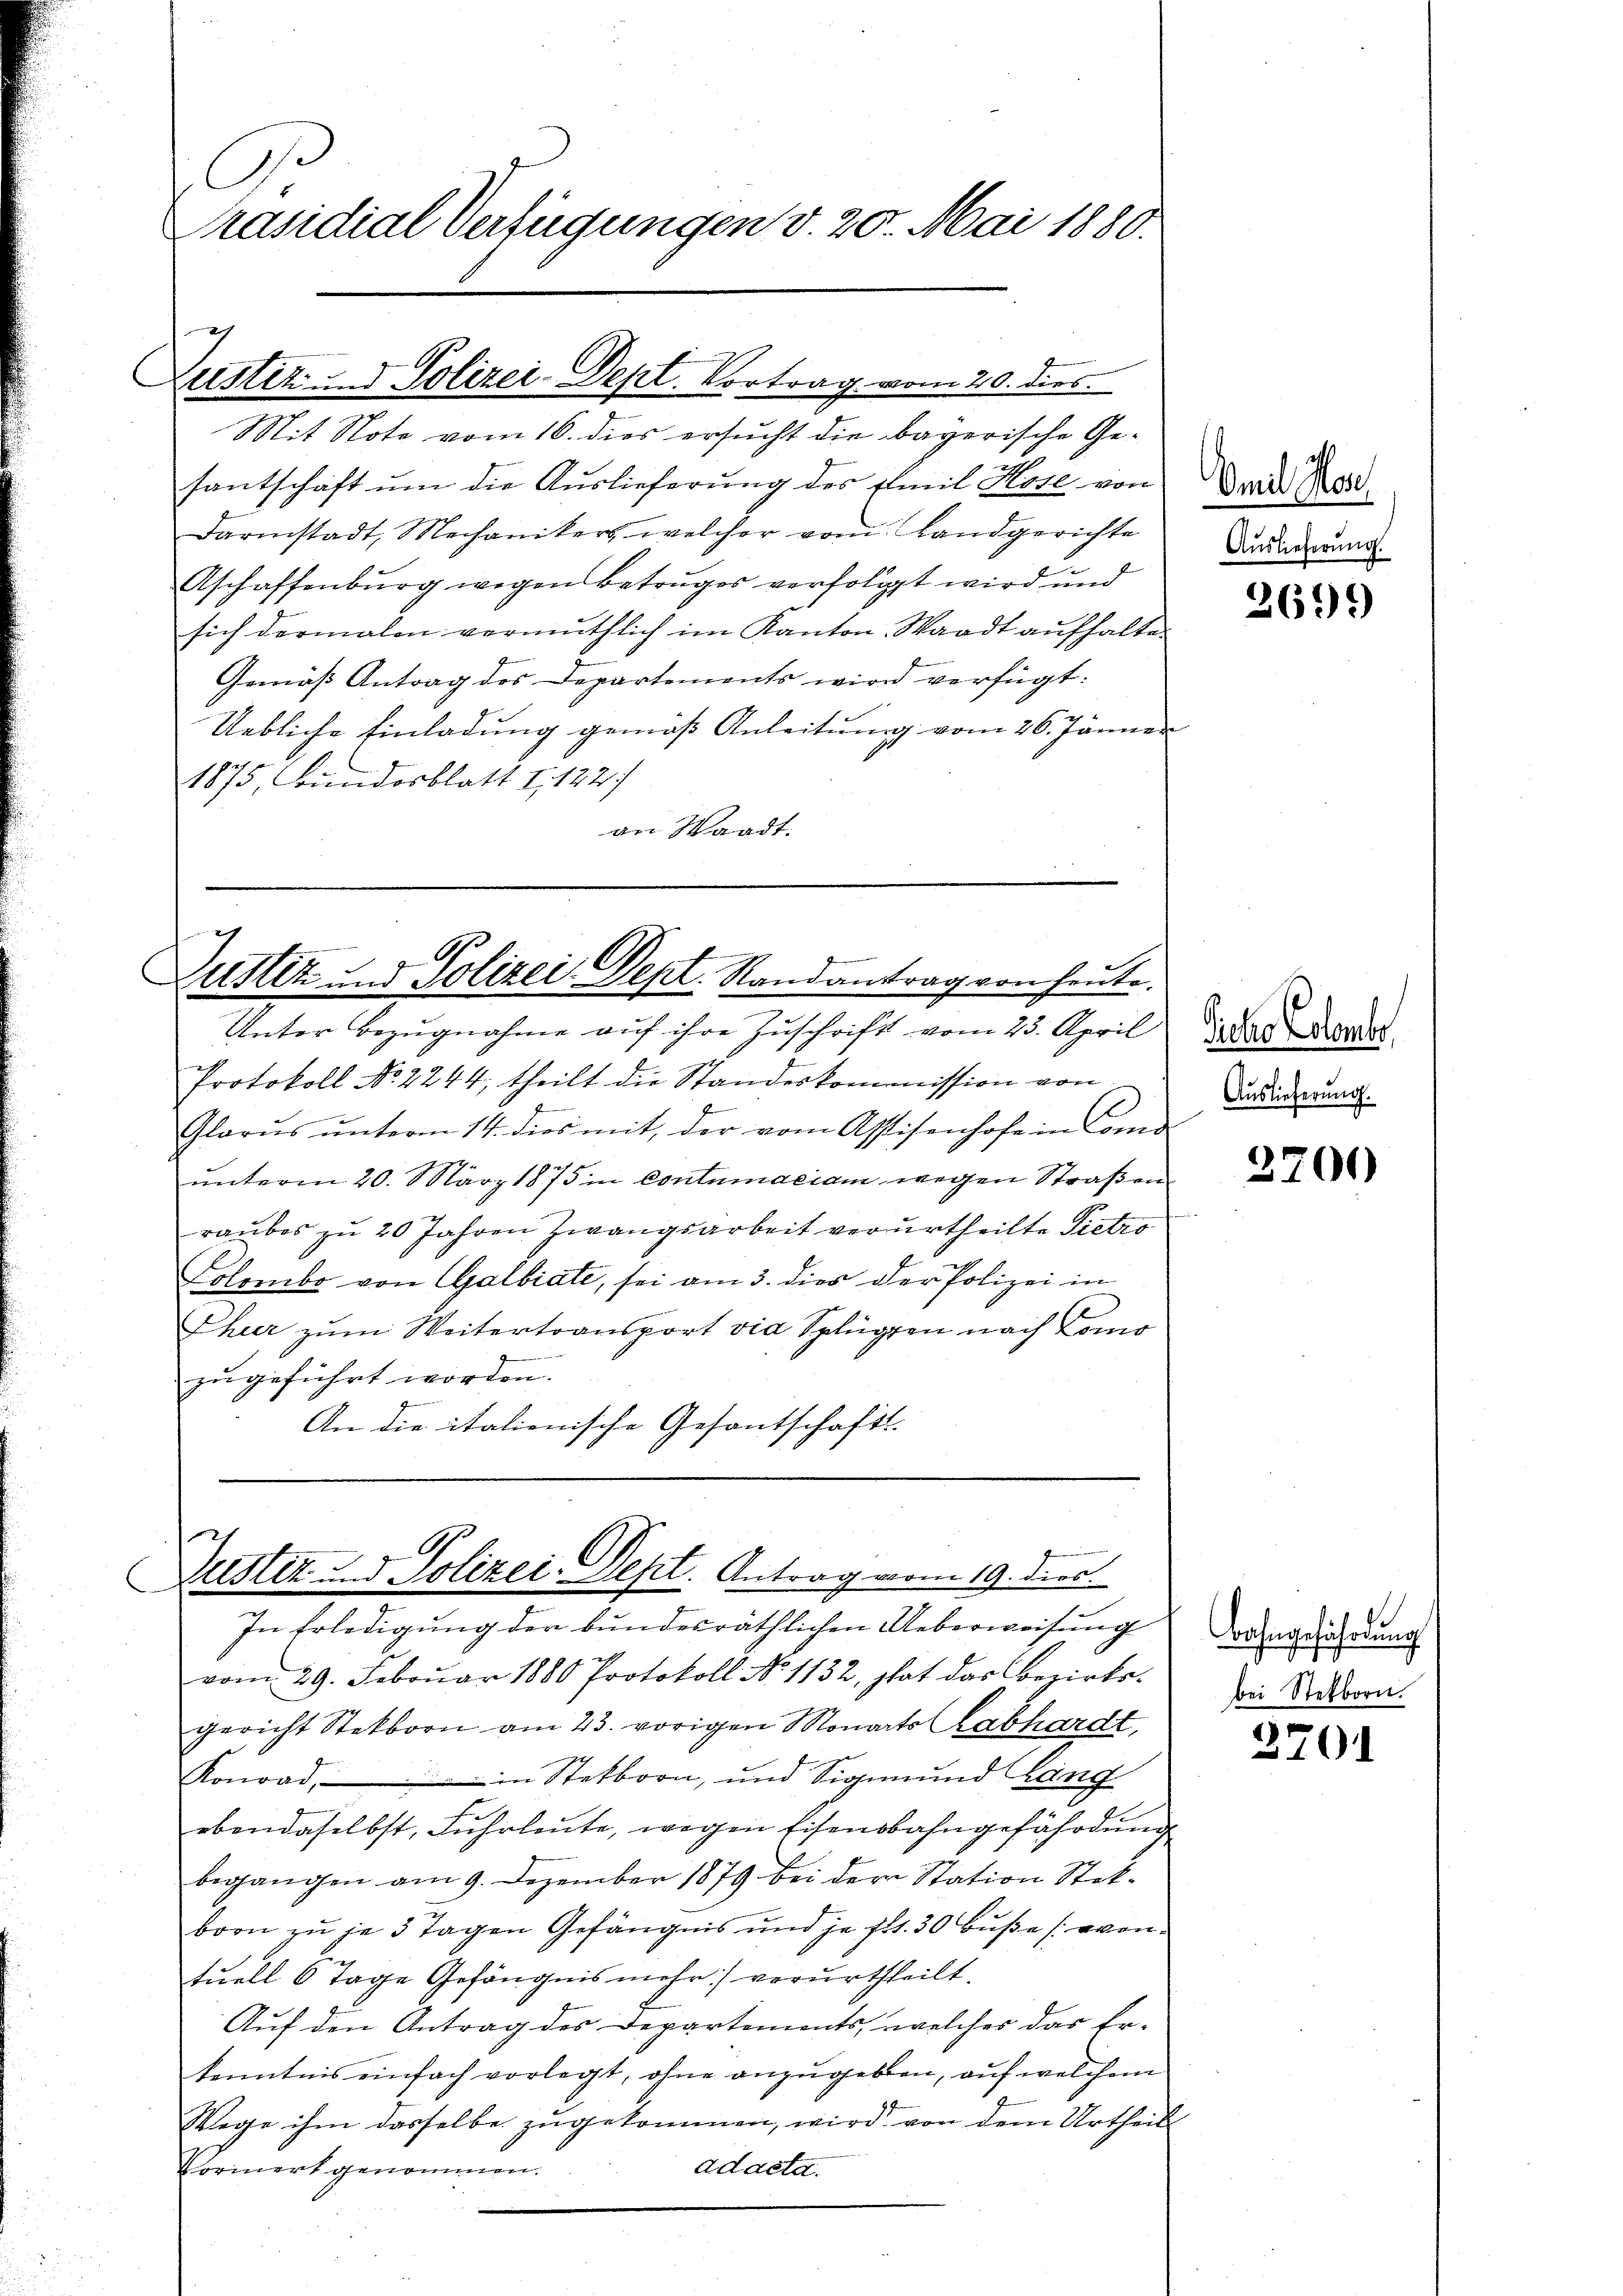
C
Präsidial Verfügungen v. 20. Mai 1880.

g
Justiz und Polizei-Dept. Vortrag vom 20. dies
Mit Stote vom 16. dies ersucht die bayerische Ge¬

santschaft um die Auslieferung des Emil Hose von
Darmstadt, Mechanikers welcher vom Landgerichte
Aschaffenburg wegen Betruges verfolgt wird und
sich dermalen vermuthlich im Kanton Waadt aŭfhalten
Gemäß Antrag des Departements wird verfügt:
Uebliche Einladung gemäß Anleitung vom 26. Jänner
1875 Bundesblatt I 122/
an Waadt.

g
Zustiz und Polizei Sept. Randantrag von heute.
Unter Bezugnahme auf ihre Zuschrift vom 23. April

Justiz- & Polizei-Dept. Antrag vom 19. dies
In Erledigung der bundesräthlichen Ueberweisung

Protokoll No 2244; theilt die Standeskommission von
7
Glarus ŭnterm 14. dies mit der vom Assisenhofe in Comd-
mnterm 20. März 1875 in Contumaciam wegen Straßen
raubes zu 20 Jahren Zwangsarbeit verurtheilte Pietro
Lolombo von GGalbiate, sei am 3. dies der Polizei in
Thier zum Weitertransport via Splügen nach Como
zugeführt worden.
An die italienische Gesantschafts-

vom 29. Febrŭar 1880 Protokoll No 1132, hat das Bezirks-
gericht Stekborn am 23. vorigen Monats abhardt,
Konrad, in Stetborn, und Sigmund Lang
ebendaselbst, Fuhrleute, wegen Eisenbahngefährdung
begangen am 9. Dezember 1879 bei der Station Stekborn zu je 3 Tagen Gefängnis und je fl. 30 Buße (eventuell 6 Tage Gefängnis mehr verurtheilt.
Auf den Antrag des Departements, welcher das Er¬
Kenntnis einfach vorlegt, ohne anzugeben, auf welchem
Wege ihm dasselbe zugekommen, wird von dem Urtheil
ad acta.
Voriert genommen.

Omil Her
Auslieferung.

2699)

Siche Colombe
Auslieferung.

2700

Bahngefährdung
bei Stekborn.

3701